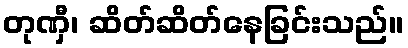
တုဏှီ၊ ဆိတ်ဆိတ်နေခြင်းသည်။